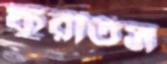
ফুরতিস